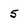
Character: 5